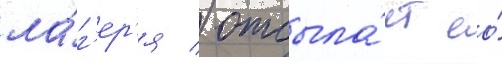
ла́г'ер'я / отсыла́ет ео́